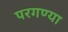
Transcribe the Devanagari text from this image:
परगण्या